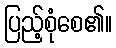
ပြည့်စုံစေ၏။